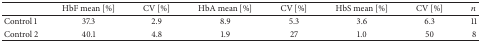
|  | HbF mean [%] | CV [%] | HbA mean [%] | CV [%] | HbS mean [%] | CV [%] | n |
 | --- | --- | --- | --- | --- | --- | --- | --- |
 | Control 1 | 37.3 | 2.9 | 8.9 | 5.3 | 3.6 | 6.3 | 11 |
 | Control 2 | 40.1 | 4.8 | 1.9 | 27 | 1.0 | 50 | 8 |